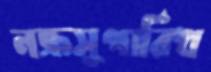
নক্রসুপারিখ